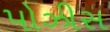
પોઝીસ